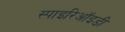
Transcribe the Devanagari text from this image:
स्पाइरिऑइडी